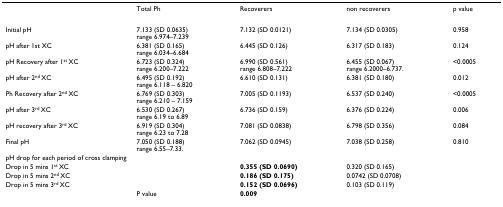
<table><thead><tr><td></td><td><b>Total Ph</b></td><td><b>Recoverers</b></td><td><b>non recoverers</b></td><td><b>p value</b></td></tr></thead><tbody><tr><td>Initial pH</td><td>7.133 (SD 0.0635)range 6.974–7.239</td><td>7.132 (SD 0.0121)</td><td>7.134 (SD 0.0305)</td><td>0.958</td></tr><tr><td>pH after 1st XC</td><td>6.381 (SD 0.165)range 6.034–6.684</td><td>6.445 (SD 0.126)</td><td>6.317 (SD 0.183)</td><td>0.124</td></tr><tr><td>pH Recovery after 1<sup>st </sup>XC</td><td>6.723 (SD 0.324)range 6.200–7.222</td><td>6.990 (SD 0.561)range 6.808–7.222</td><td>6.455 (SD 0.067)range 6.2000–6.737.</td><td>&lt;0.0005</td></tr><tr><td>pH after 2<sup>nd </sup>XC</td><td>6.495 (SD 0.192)range 6.118 – 6.820</td><td>6.610 (SD 0.131)</td><td>6.381 (SD 0.180)</td><td>0.012</td></tr><tr><td>Ph Recovery after 2<sup>nd </sup>XC</td><td>6.769 (SD 0.303)range 6.210 – 7.159</td><td>7.005 (SD 0.1193)</td><td>6.537 (SD 0.240)</td><td>&lt;0.0005</td></tr><tr><td>pH after 3<sup>rd </sup>XC</td><td>6.530 (SD 0.267)range 6.19 to 6.89</td><td>6.736 (SD 0.159)</td><td>6.376 (SD 0.224)</td><td>0.006</td></tr><tr><td>pH recovery after 3<sup>rd </sup>XC</td><td>6.919 (SD 0.304)range 6.23 to 7.28</td><td>7.081 (SD 0.0838)</td><td>6.798 (SD 0.356)</td><td>0.084</td></tr><tr><td>Final pH</td><td>7.050 (SD 0.188)range 6.55–7.33.</td><td>7.062 (SD 0.0945)</td><td>7.038 (SD 0.258)</td><td>0.810</td></tr><tr><td colspan="5">pH drop for each period of cross clamping</td></tr><tr><td>Drop in 5 mins 1<sup>st </sup>XC</td><td></td><td><b>0.355 (SD 0.0690)</b></td><td>0.320 (SD 0.165)</td><td></td></tr><tr><td>Drop in 5 mins 2<sup>nd </sup>XC</td><td></td><td><b>0.186 (SD 0.175)</b></td><td>0.0742 (SD 0.0708)</td><td></td></tr><tr><td>Drop in 5 mins 3<sup>rd </sup>XC</td><td></td><td><b>0.152 (SD 0.0696)</b></td><td>0.103 (SD 0.119)</td><td></td></tr><tr><td></td><td>P value</td><td><b>0.009</b></td><td></td><td></td></tr></tbody></table>